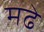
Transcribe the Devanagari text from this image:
मढे